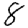
Digit: 8